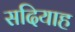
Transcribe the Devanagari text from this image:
सदियाह